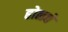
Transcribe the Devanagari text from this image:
होळचे